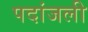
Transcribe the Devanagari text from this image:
पदांजली